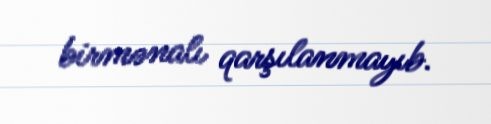
birmənalı qarşılanmayıb.